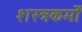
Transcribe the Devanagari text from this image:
शस्त्रकर्मों